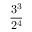
\frac { 3 ^ { 3 } } { 2 ^ { 4 } }